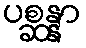
ပစ္ဆန္နာ